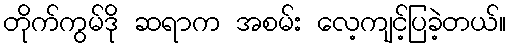
တိုက်ကွမ်ဒို ဆရာက အစမ်း လေ့ကျင့်ပြခဲ့တယ်။